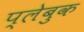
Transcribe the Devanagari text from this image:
प्लेबुक